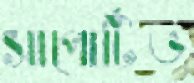
সাপোর্টিভ